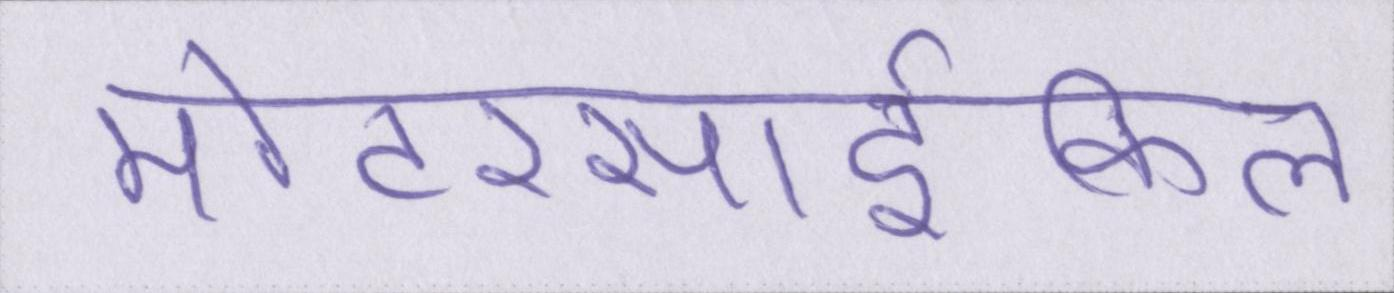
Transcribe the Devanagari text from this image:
मोटरसार्इकिल